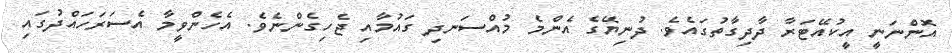
އޮންނަނީ އީކުއޭޓަރާ ދާދިގާތުގައެވެ. ދުނިޔޭގެ އެންމެ މުއްސަނދި ގައުމާއި ޖެހިގެންނެވެ. އެހެންވީމާ އެސަރަހައްދުގައި